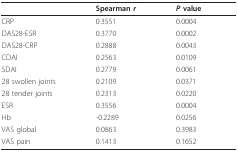
<table><thead><tr><td></td><td><b>Spearman <i>r</i></b></td><td><b><i>P </i>value</b></td></tr></thead><tbody><tr><td>CRP</td><td>0.3551</td><td>0.0004</td></tr><tr><td>DAS28-ESR</td><td>0.3770</td><td>0.0002</td></tr><tr><td>DAS28-CRP</td><td>0.2888</td><td>0.0043</td></tr><tr><td>CDAI</td><td>0.2563</td><td>0.0109</td></tr><tr><td>SDAI</td><td>0.2779</td><td>0.0061</td></tr><tr><td>28 swollen joints</td><td>0.2109</td><td>0.0371</td></tr><tr><td>28 tender joints</td><td>0.2313</td><td>0.0220</td></tr><tr><td>ESR</td><td>0.3556</td><td>0.0004</td></tr><tr><td>Hb</td><td>-0.2289</td><td>0.0256</td></tr><tr><td>VAS global</td><td>0.0863</td><td>0.3983</td></tr><tr><td>VAS pain</td><td>0.1413</td><td>0.1652</td></tr></tbody></table>